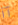
آآ